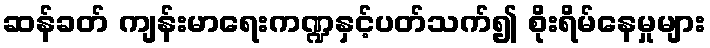
ဆန်ခတ် ကျန်းမာရေးကဏ္ဍနှင့်ပတ်သက်၍ စိုးရိမ်နေမှုများ